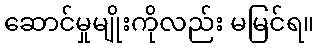
ဆောင်မှုမျိုးကိုလည်း မမြင်ရ။